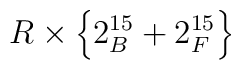
R\times \left\{ 2_B^{15}+2_F^{15}\right\}